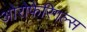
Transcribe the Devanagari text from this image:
ओरोफेरिगल्स